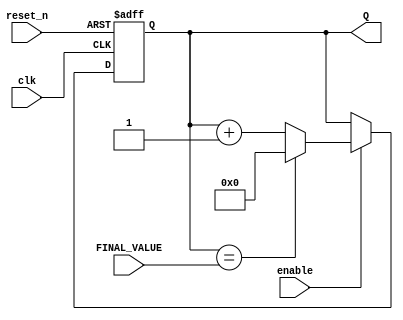
`timescale 1ns / 1ps
//////////////////////////////////////////////////////////////////////////////////
// Company: 
// Engineer: 
// 
// Design Name: 
// Module Name: mod_counter_input
// Project Name: 
// Target Devices: 
// Tool Versions: 
// Description: 
// 
// Dependencies: 
// 
// Revision:
// Revision 0.01 - File Created
// Additional Comments:
// 
//////////////////////////////////////////////////////////////////////////////////


module mod_counter_input
    #(parameter BITS = 4)(
    input clk,
    input reset_n,
    input enable,
    input [BITS - 1:0] FINAL_VALUE,
    output [BITS - 1:0] Q
    );
    
    reg [BITS - 1:0] Q_reg, Q_next;
    wire done;
    
    always @(posedge clk, negedge reset_n)
    begin
        if (~reset_n)
            Q_reg <= 'b0;
        else if(enable)
            Q_reg <= Q_next;
        else
            Q_reg <= Q_reg;
    end
    
    // Next state logic
    assign done = Q_reg == FINAL_VALUE;

    always @(*)
        Q_next = done? 'b0: Q_reg + 1;
    
    // Output logic
    assign Q = Q_reg;
endmodule